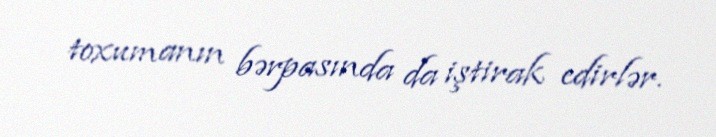
toxumanın bərpasında da iştirak edirlər.